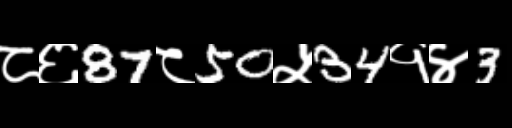
Text: ८६87८50५34१४3